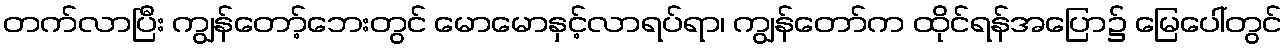
တက်လာပြီး ကျွန်တော့်ဘေးတွင် မောမောနှင့်လာရပ်ရာ၊ ကျွန်တော်က ထိုင်ရန်အပြော၌ မြေပေါ်တွင်